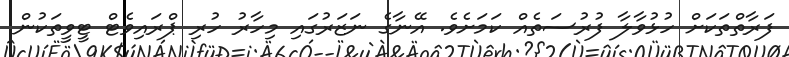
ފަރާތްތަކަށް ހުޅުވާލާ ފުރުސަތެއް ކަމަށެވެ. އޭނާގެ ނަޒަރުގައި މިހާރު ހުރި ޕްރައިވެޓް ޓީވީތަކުން